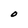
Character: O